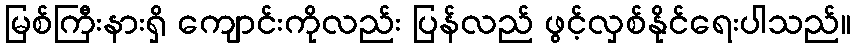
မြစ်ကြီးနားရှိ ကျောင်းကိုလည်း ပြန်လည် ဖွင့်လှစ်နိုင်ရေးပါသည်။